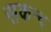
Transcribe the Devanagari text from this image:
सकन्द